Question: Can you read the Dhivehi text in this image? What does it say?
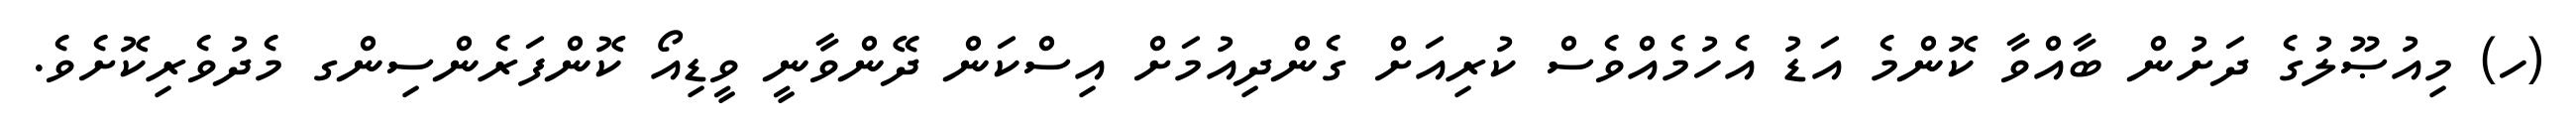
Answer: (ހ) މިއުޞޫލުގެ ދަށުން ބާއްވާ ކޮންމެ އަޑު އެހުމެއްވެސް ކުރިއަށް ގެންދިއުމަށް އިސްކަން ދޭންވާނީ ވީޑިއޯ ކޮންފަރެންސިންގ މެދުވެރިކޮށެވެ.